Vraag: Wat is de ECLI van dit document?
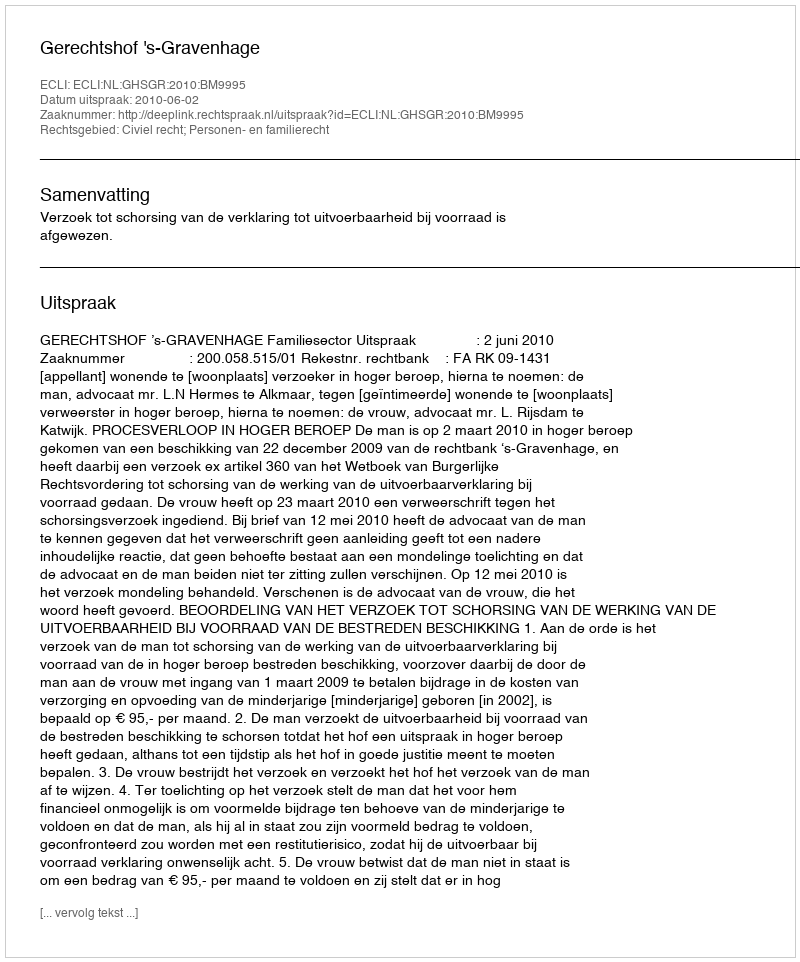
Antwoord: ECLI:NL:GHSGR:2010:BM9995